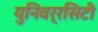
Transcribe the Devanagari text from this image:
युनिवर्रसिटी